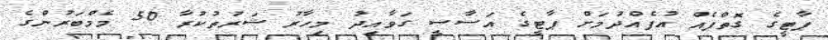
ޕާޓީގެ ގޮތްޕެއް އުފެއްދުމަށް ޕާޓީގެ އަސާސީ ގަވާއިދު މިހާރު ޝަރުތުކުރާ 50 މެމްބަރުންގެ